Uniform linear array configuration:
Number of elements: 24
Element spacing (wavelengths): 1
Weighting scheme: uniform
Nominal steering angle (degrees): -45
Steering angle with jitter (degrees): -44.586
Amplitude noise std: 0.05
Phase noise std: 0.05

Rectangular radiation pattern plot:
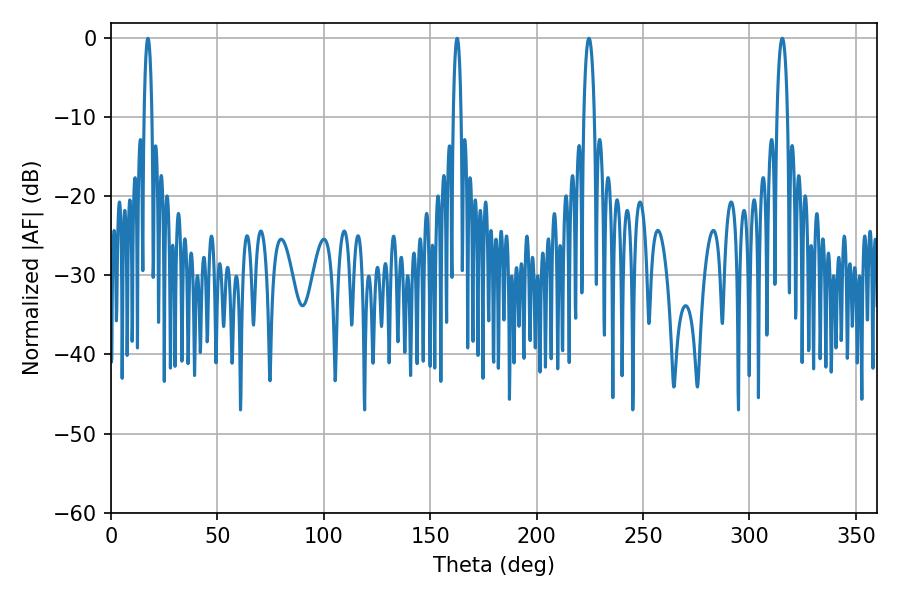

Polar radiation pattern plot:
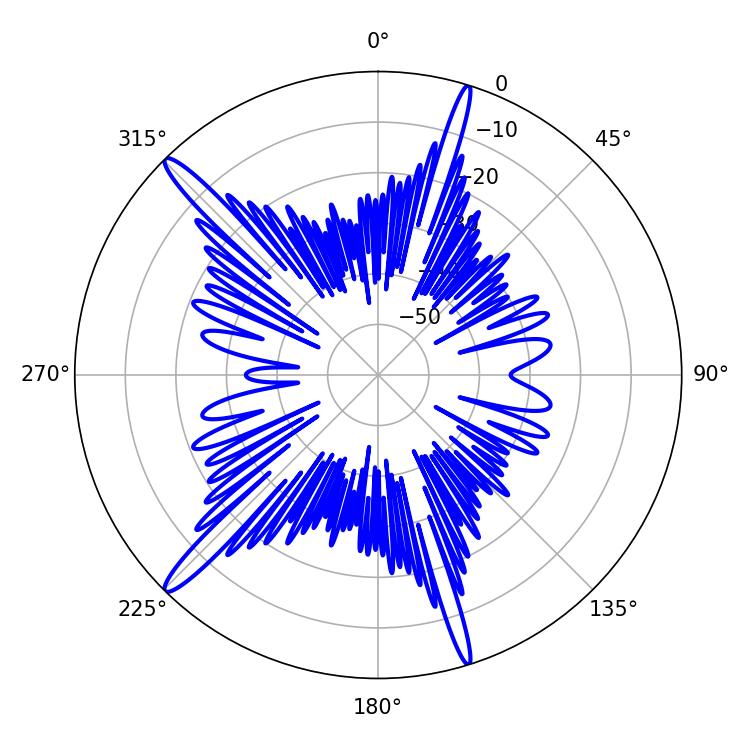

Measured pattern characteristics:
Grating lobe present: TRUE
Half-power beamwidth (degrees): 2.7
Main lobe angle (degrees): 315.36